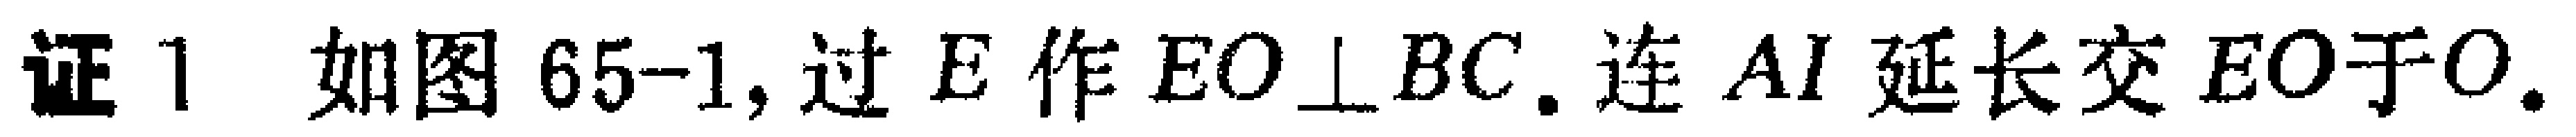
证 1. 如图 65-1, 过 \(E\) 作 \(EO\perp BC\). 连 \(AI\) 延长交 \(EO\)于\(O\).